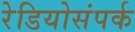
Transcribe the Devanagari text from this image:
रेडियोसंपर्क